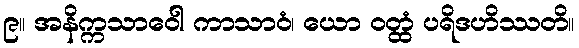
၉။ အနိက္ကသာဝေါ ကာသာဝံ၊ ယော ဝတ္ထံ ပရိဒဟိဿတိ။